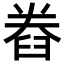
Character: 𮍨